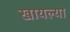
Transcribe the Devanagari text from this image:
खायल्या